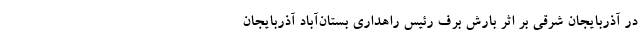
در آذربایجان شرقی بر اثر بارش برف رئیس راهداری بستان‌آباد آذربایجان